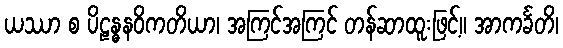
ယဿာ စ ပိဠန္ဓနဝိကတိယာ၊ အကြင်အကြင် တန်ဆာထူးဖြင့်။ အာကင်္ခတိ၊